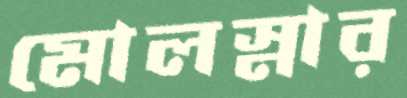
মোলস্নার